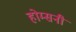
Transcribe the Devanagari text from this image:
होम्सनी